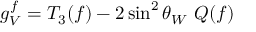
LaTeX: g _ { V } ^ { f } = T _ { 3 } ( f ) - 2 \sin ^ { 2 } \theta _ { W } ~ Q ( f )